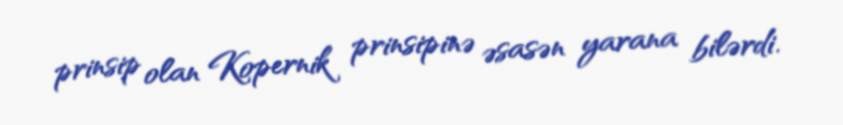
prinsip olan Kopernik prinsipinə əsasən yarana bilərdi.